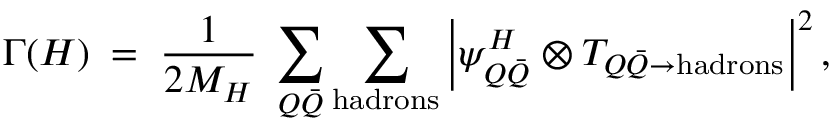
\Gamma ( H ) \; = \; { \frac { 1 } { 2 M _ { H } } } \; \sum _ { Q \bar { Q } } \sum _ { \mathrm { h a d r o n s } } \left| \psi _ { Q \bar { Q } } ^ { H } \otimes T _ { Q \bar { Q } \to \mathrm { h a d r o n s } } \right| ^ { 2 } ,